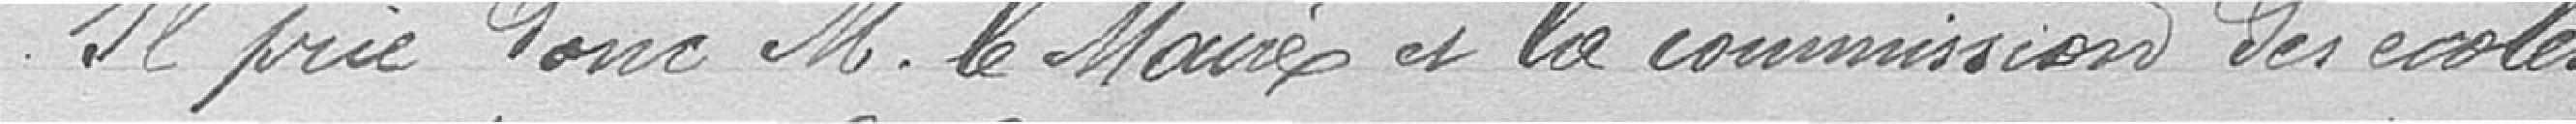
Il prie donc Monsieur le Maire et la commission des écoles